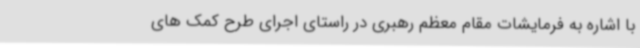
با اشاره به فرمایشات مقام معظم رهبری در راستای اجرای طرح کمک های